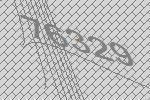
76329